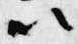
以